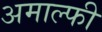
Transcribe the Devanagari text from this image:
अमाल्फी